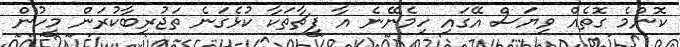
ކޮންމެ ގޮތެއް ވިޔަސް އޭގައި ހިމެނޭނެ އާ ފީޗާތަކާ ކުޅެގަނެ ތަޖުރިބާކުރަން މީހުން